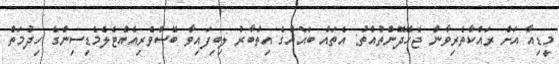
މީޑިއާ އަށް ރައްކާތެރިވާން ޖެހޭދޮންތުއްތު: އެތައް ބައެއްގެ އިތުބާރު ލިބިފައިވާ ބޭސްވެރިއެއްޓެލެމެޑިސިންގެ ހިދުމަތް